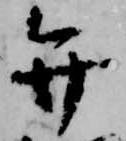
弁